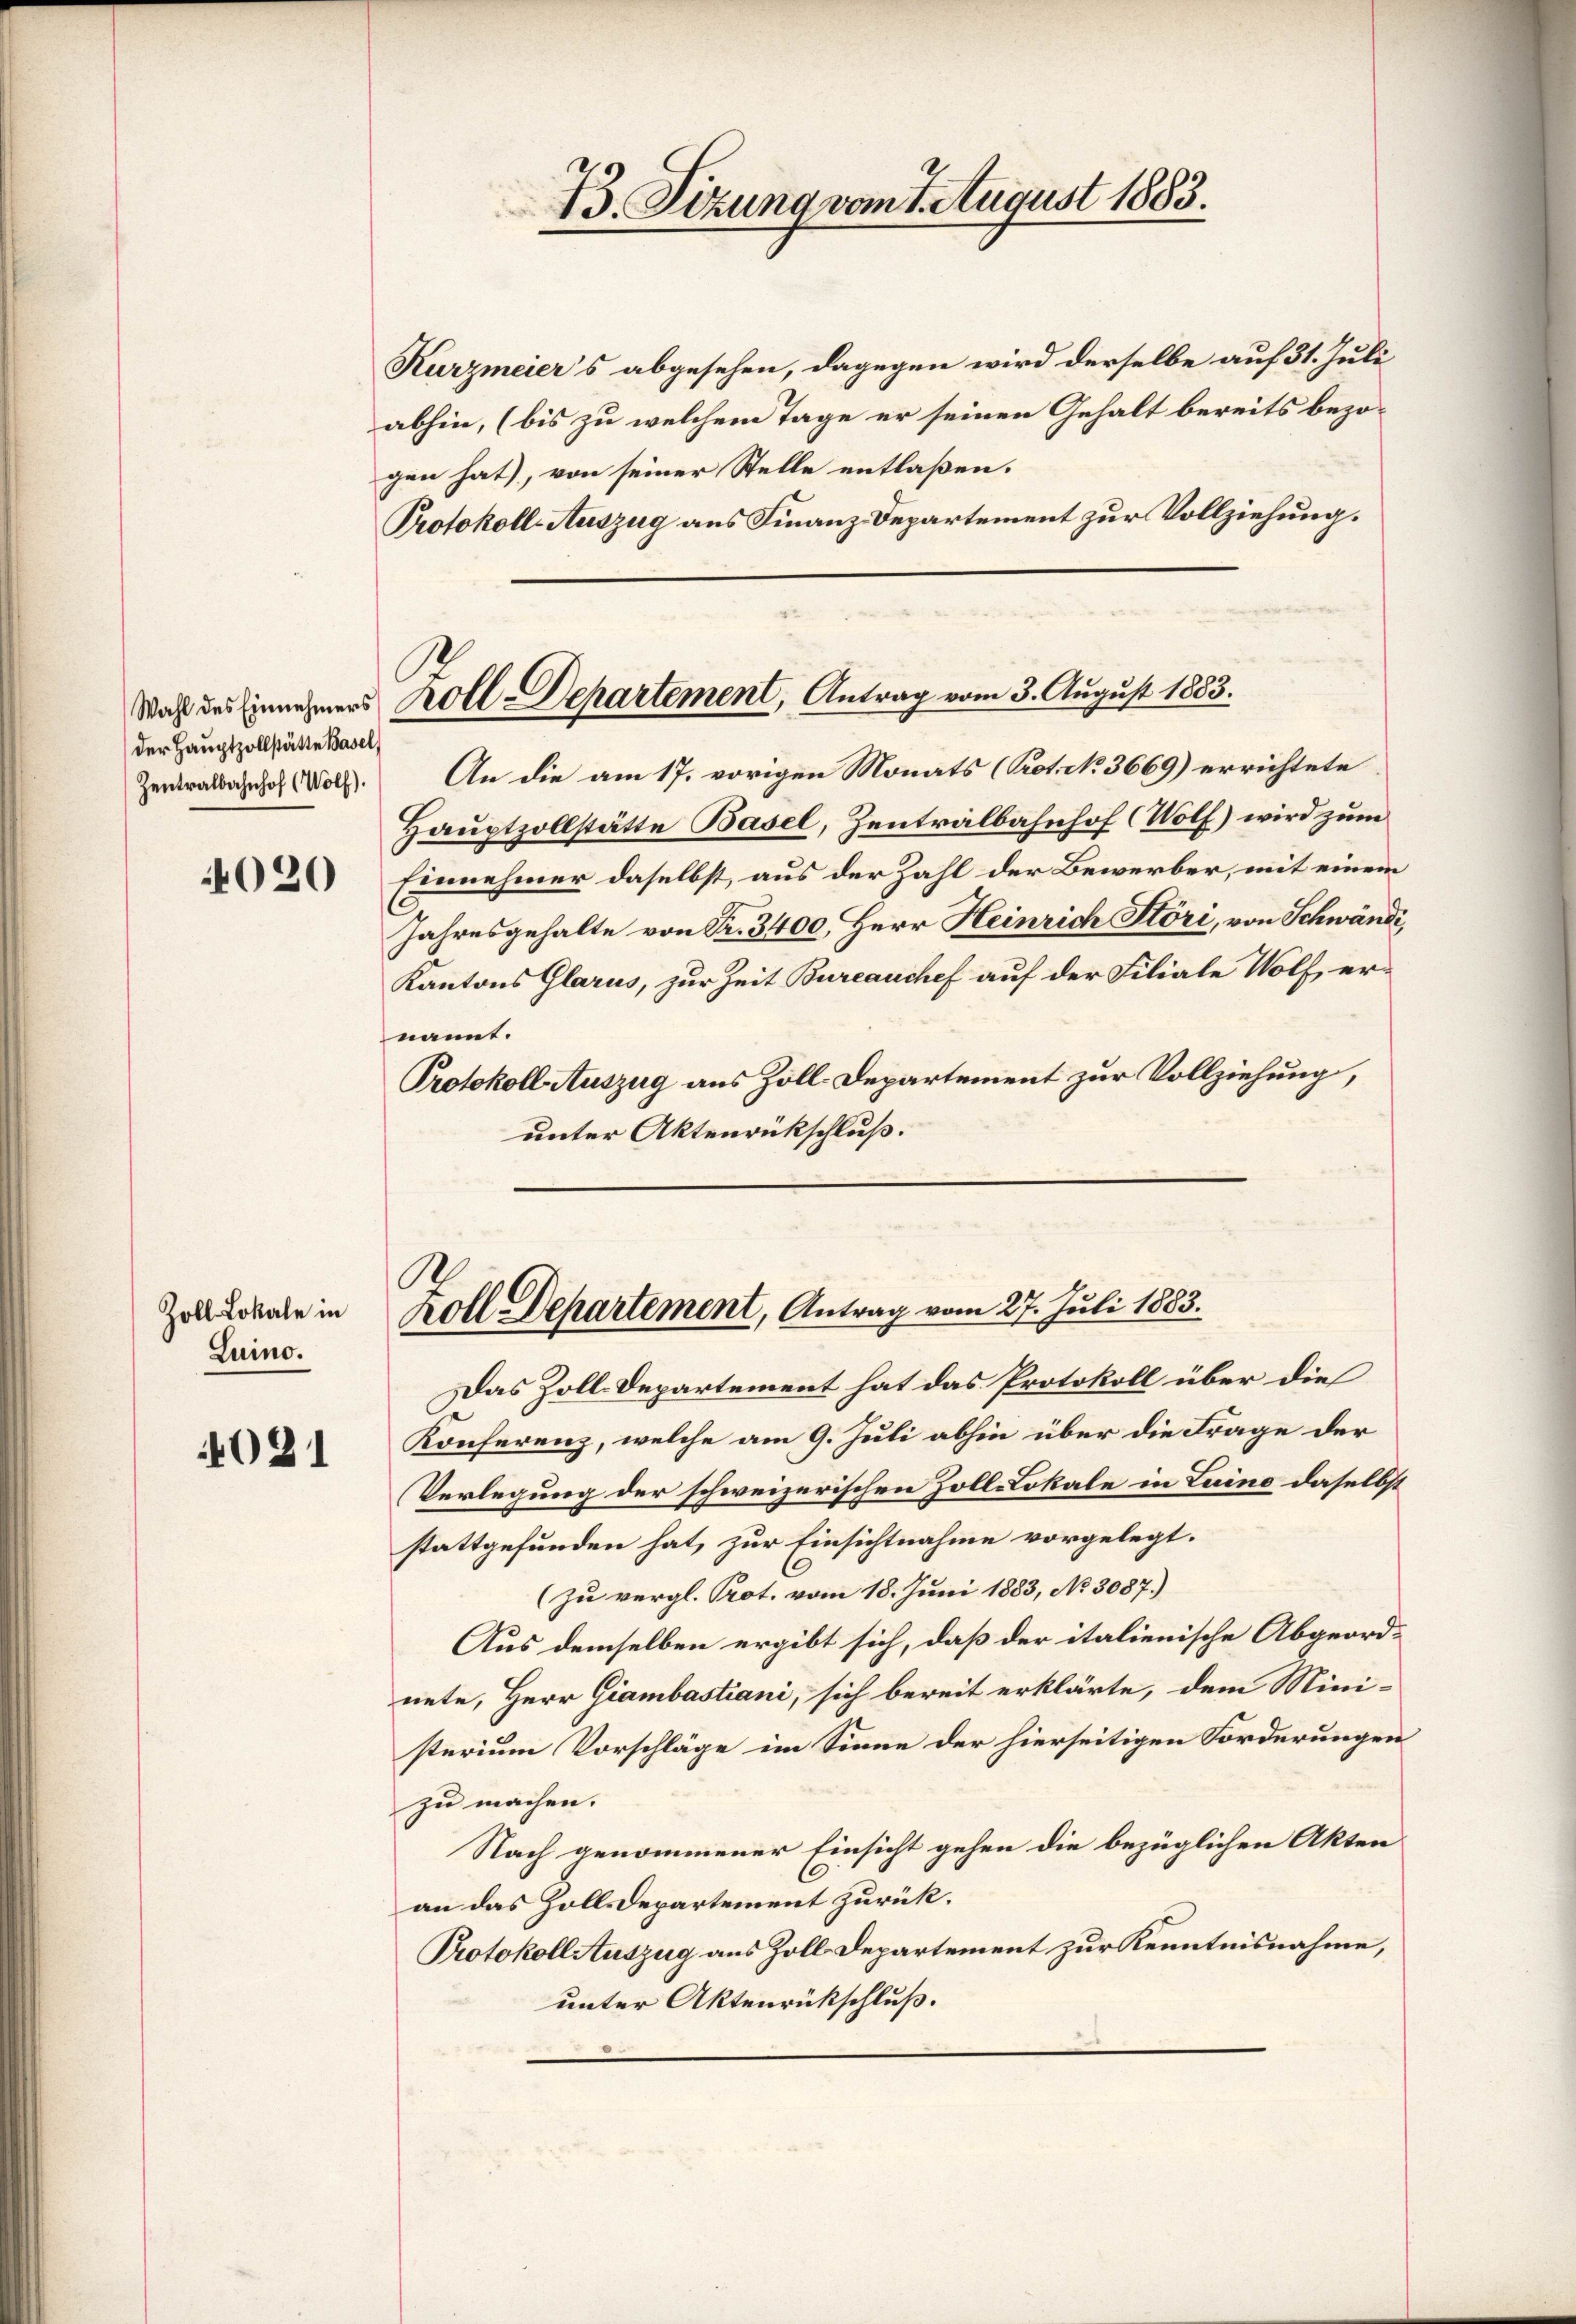
Wahl des Einnehmers
der Hauptzollstätte Basel,
Zentralbahnhof (Wolf).

020

Zoll Lokale in
Luino.

4021

Kurzmeiers abgesehen, dagegen wird derselbe auf 31. Juli
abhin, (bis zu welchem Tage er seinen Gehalt bereits bezo-
gen hat), von seiner Stelle entlaßen.
Protokoll-Auszug aus Finanz-Departement zur Vollziehung.

B Sizung vom 1. August 1883.

Zoll-Departement, Antrag vom 3. August 1883.

An die am 17. vorigen Monats (Prot. No. 3669) errichtete
Hauptzollstätte Basel, Zentralbahnhof (Wolf) wird zum
Einnehmer daselbst, aus der Zahl der Bewerber, mit einem
Jahresgehalte von Fr. 3400, Herr Heinrich Störi, von Schwändi,
Kantons Glarus, zur Zeit Bureauchef auf der Filiale Wolf, er-
nannt.
Protokoll Auszug aus Zoll-Departement zur Vollziehung,
unter Aktenrückschluß.

S.
Koll Departement, Antrag vom 27. Juli 1883.

Das Zoll-Departement hat das Protokoll über die
Konferenz, welche am 9. Juli abhin über die Frage der
Verlegung der schweizerischen Zoll-Lokale in Luino daselbst
stattgefunden hat, zur Einsichtnahme vorgelegt.
(zu vergl. Prot. vom 18. Juni 1883, No 3087.)
Aus demselben ergibt sich, daß der italienische Abgeordnete, Herr Giambastiani, sich bereit erklärte, dem Mini-
sterium Vorschläge im Sinne der hierseitigen Forderungen
zu machen.
Nach genommener Einsicht gehen die bezüglichen Akten
an das Zolldepartement zurück.
Protokoll Auszug aus Zoll Departement zur Kenntnisnahme,
unter Aktenrückschluß.